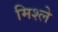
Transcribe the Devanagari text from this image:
मिश्ले